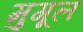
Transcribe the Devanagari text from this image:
मुगूल